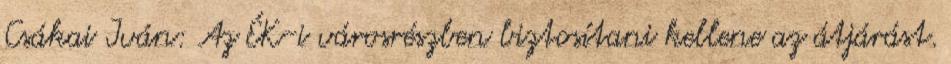
Csákai Iván: Az ÉK-i városrészben biztosítani kellene az átjárást.